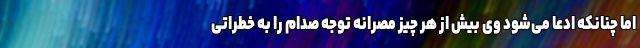
اما چنانکه ادعا می‌شود وی بیش از هر چیز مصرانه توجه صدام را به خطراتی